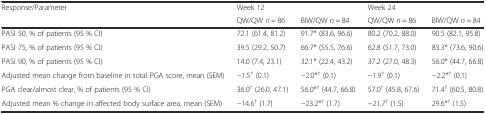
<table><thead><tr><td rowspan="2"><b>Response/Parameter</b></td><td colspan="2"><b>Week 12</b></td><td colspan="2"><b>Week 24</b></td></tr><tr><td><b>QW/QW <i>n</i> = 86</b></td><td><b>BIW/QW <i>n</i> = 84</b></td><td><b>QW/QW <i>n</i> = 86</b></td><td><b>BIW/QW <i>n</i> = 84</b></td></tr></thead><tbody><tr><td>PASI 50, % of patients (95 % CI)</td><td>72.1 (61.4, 81.2)</td><td>91.7* (83.6, 96.6)</td><td>80.2 (70.2, 88.0)</td><td>90.5 (82.1, 95.8)</td></tr><tr><td>PASI 75, % of patients (95 % CI)</td><td>39.5 (29.2, 50.7)</td><td>66.7* (55.5, 76.6)</td><td>62.8 (51.7, 73.0)</td><td>83.3* (73.6, 90.6)</td></tr><tr><td>PASI 90, % of patients (95 % CI)</td><td>14.0 (7.4, 23.1)</td><td>32.1* (22.4, 43.2)</td><td>37.2 (27.0, 48.3)</td><td>56.0* (44.7, 66.8)</td></tr><tr><td>Adjusted mean change from baseline in total PGA score, mean (SEM)</td><td>−1.5<sup>†</sup> (0.1)</td><td>−2.0*<sup>†</sup> (0.1)</td><td>−1.9<sup>†</sup> (0.1)</td><td>−2.2*<sup>†</sup> (0.1)</td></tr><tr><td>PGA clear/almost clear, % of patients (95 % CI)</td><td>36.0<sup>†</sup> (26.0, 47.1)</td><td>56.0*<sup>†</sup> (44.7, 66.8)</td><td>57.0<sup>†</sup> (45.8, 67.6)</td><td>71.4<sup>†</sup> (60.5, 80.8)</td></tr><tr><td>Adjusted mean % change in affected body surface area, mean (SEM)</td><td>−14.6<sup>†</sup> (1.7)</td><td>−23.2*<sup>†</sup> (1.7)</td><td>−21.7<sup>†</sup> (1.5)</td><td>29.6*<sup>†</sup> (1.5)</td></tr></tbody></table>